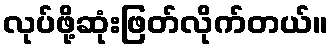
လုပ်ဖို့ဆုံးဖြတ်လိုက်တယ်။